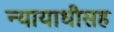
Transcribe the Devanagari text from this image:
न्यायाधीसह